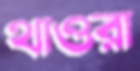
থাওরা